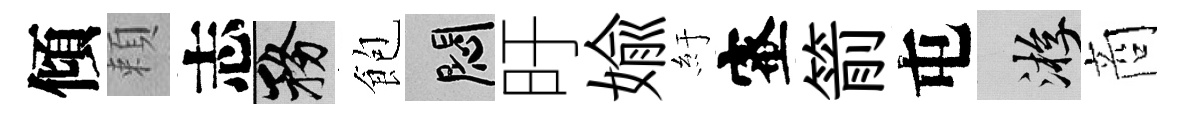
傾頼志務飽悶旴媮紆蜜箭屯游商